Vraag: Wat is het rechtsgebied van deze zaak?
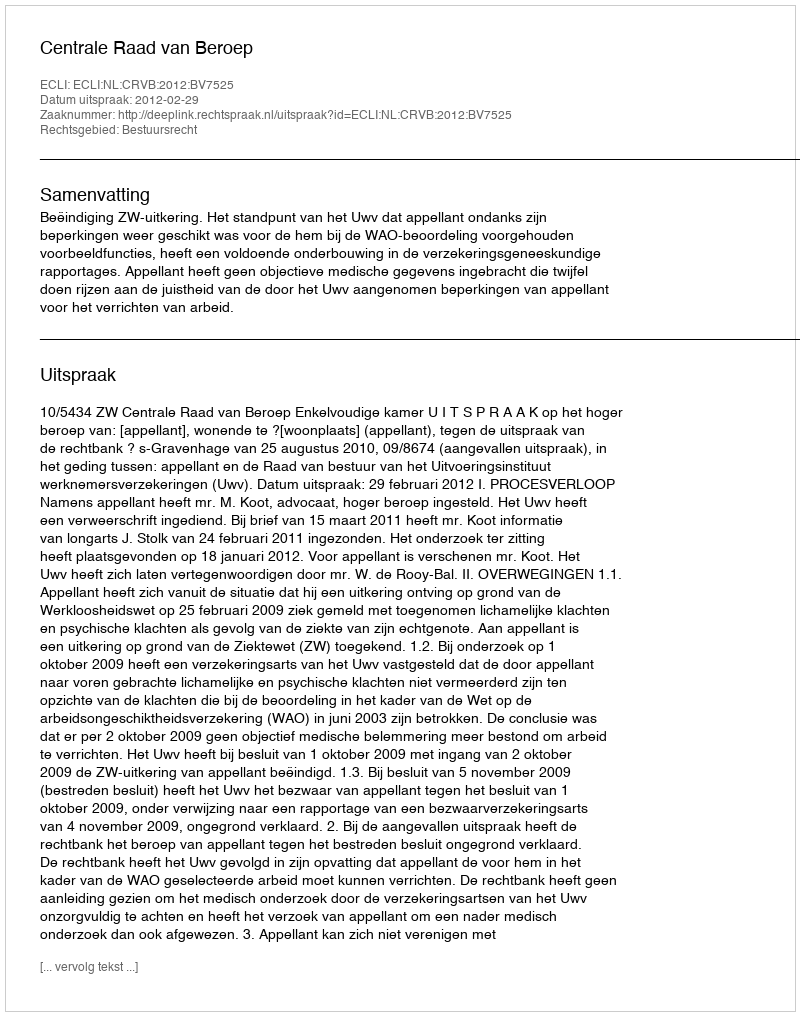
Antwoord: Bestuursrecht